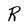
Character: R